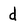
Character: d